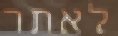
לאתר